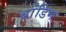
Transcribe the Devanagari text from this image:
ब्रांडिग